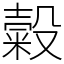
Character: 糓